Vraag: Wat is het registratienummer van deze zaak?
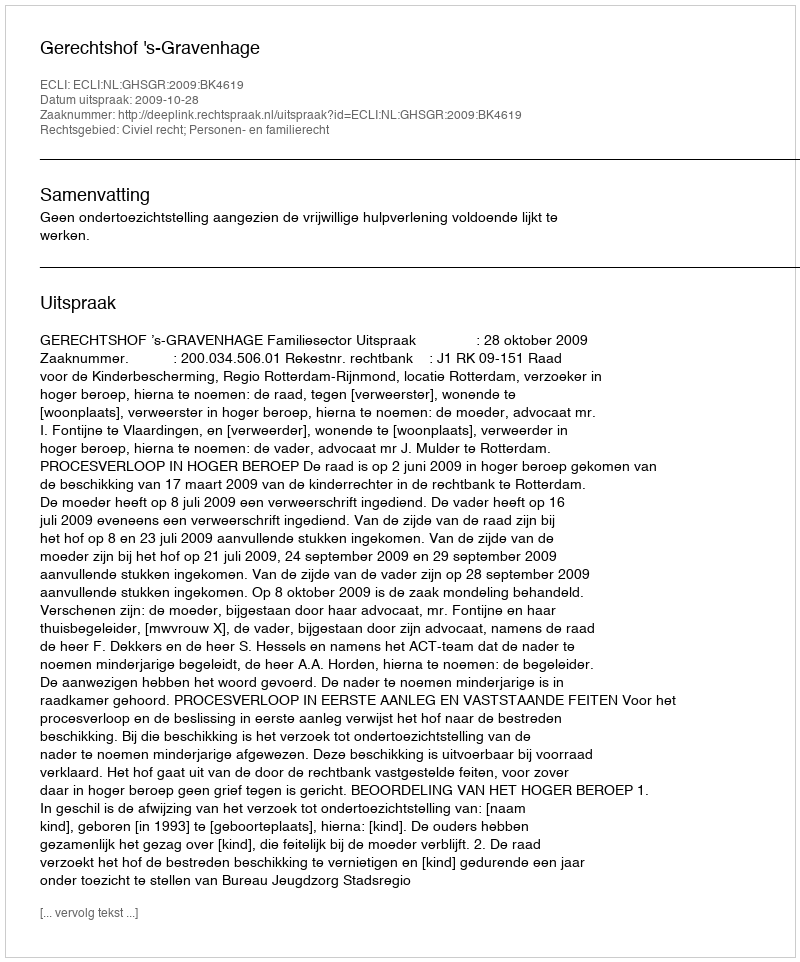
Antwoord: http://deeplink.rechtspraak.nl/uitspraak?id=ECLI:NL:GHSGR:2009:BK4619